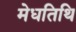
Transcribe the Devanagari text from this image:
मेधतिथि